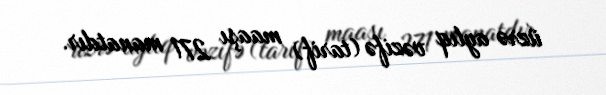
üzrə aylıq vəzifə (tarif) maaşı 271 manatdır.